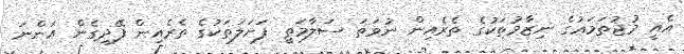
އެއީ މުޖުތަމަޢުގެ ނިޒާމުތަކުގެ ތެރެއިން ނުވަތަ ސަލާމަތީ ފަށަލަތަކުގެ ތެރެއިން ފޭދިގެން އަންނަ